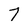
Character: 7